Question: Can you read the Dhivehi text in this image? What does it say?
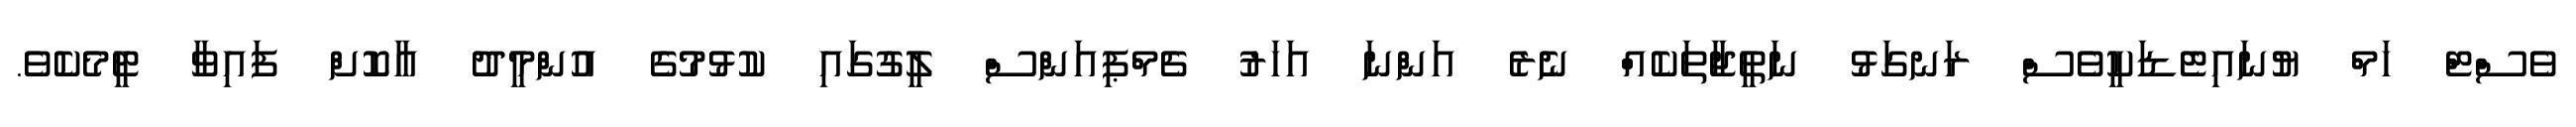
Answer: ވެސްޓް ހަމް ޔުނައިޓެޑަކީވެސް ރަނގަޅު ނަތީޖާތަކެއްް ނެރެ އަންނަ އަހަރު ޗެމްޕިއަންސް ލީގުގައި ކުޅުމުގެ އުންމީދު އާކޮށް ފައިވާ ޓީމެކެވެ.